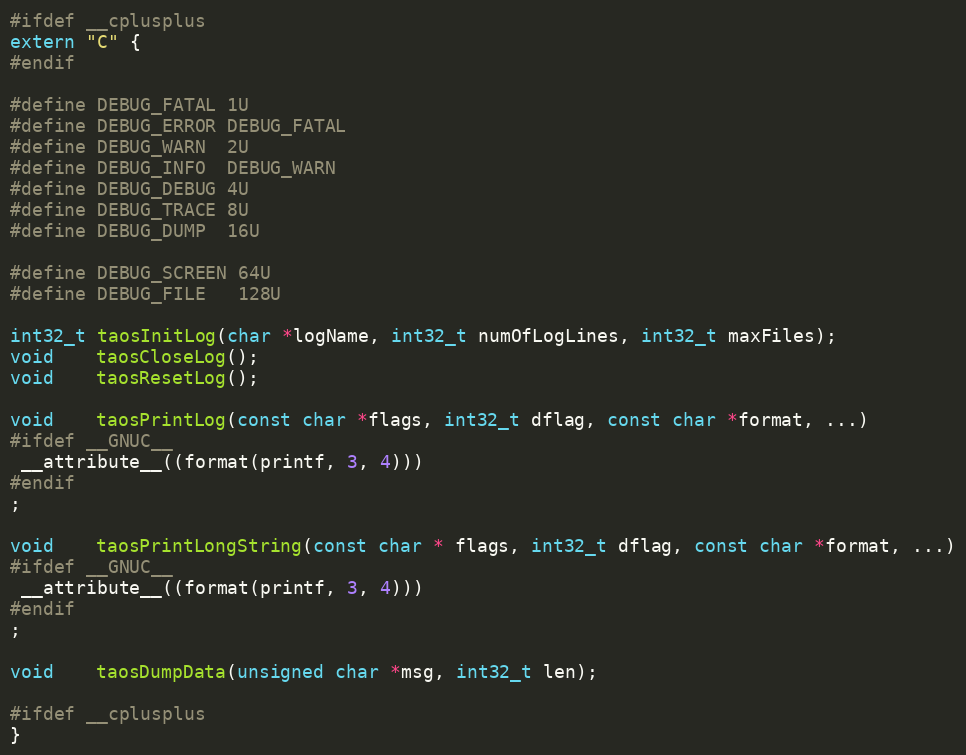
Language: C
#ifdef __cplusplus
extern "C" {
#endif

#define DEBUG_FATAL 1U
#define DEBUG_ERROR DEBUG_FATAL
#define DEBUG_WARN  2U
#define DEBUG_INFO  DEBUG_WARN
#define DEBUG_DEBUG 4U
#define DEBUG_TRACE 8U
#define DEBUG_DUMP  16U

#define DEBUG_SCREEN 64U
#define DEBUG_FILE   128U

int32_t taosInitLog(char *logName, int32_t numOfLogLines, int32_t maxFiles);
void    taosCloseLog();
void    taosResetLog();

void    taosPrintLog(const char *flags, int32_t dflag, const char *format, ...)
#ifdef __GNUC__
 __attribute__((format(printf, 3, 4)))
#endif
;

void    taosPrintLongString(const char * flags, int32_t dflag, const char *format, ...)
#ifdef __GNUC__
 __attribute__((format(printf, 3, 4)))
#endif
;

void    taosDumpData(unsigned char *msg, int32_t len);

#ifdef __cplusplus
}